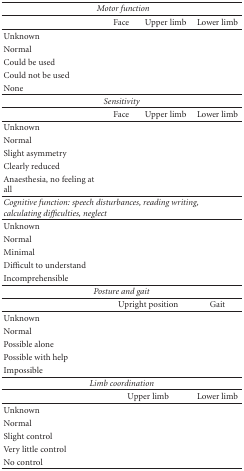
| <COLSPAN=3> Motor function |  |
 | --- | --- | --- | --- |
 |  | Face | Upper limb | Lower limb |
 | Unknown |  |  |  |
 | Normal |  |  |  |
 | Could be used |  |  |  |
 | Could not be used |  |  |  |
 | None |  |  |  |
 | <COLSPAN=4> Sensitivity |
 |  | Face | Upper limb | Lower limb |
 | Unknown |  |  |  |
 | Normal |  |  |  |
 | Slight asymmetry |  |  |  |
 | Clearly reduced |  |  |  |
 | Anaesthesia, no feeling at all |  |  |  |
 | <COLSPAN=4> Cognitive function: speech disturbances, reading writing, calculating difficulties, neglect |
 | Unknown |  |  |  |
 | Normal |  |  |  |
 | Minimal |  |  |  |
 | Difficult to understand |  |  |  |
 | Incomprehensible |  |  |  |
 | <COLSPAN=4> Posture and gait |
 |  | <COLSPAN=2> Upright position | Gait |
 | Unknown |  |  |  |
 | Normal |  |  |  |
 | Possible alone |  |  |  |
 | Possible with help |  |  |  |
 | Impossible |  |  |  |
 | <COLSPAN=4> Limb coordination |
 |  | <COLSPAN=2> Upper limb | Lower limb |
 | Unknown |  |  |  |
 | Normal |  |  |  |
 | Slight control |  |  |  |
 | Very little control |  |  |  |
 | No control |  |  |  |